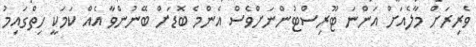
ވެރިރަށް މާލެއަށް އަންނަ ޓޫރިސްޓުންނަށްވެސް އެންމެ ބޮޑަށް ބޭނުންވާ އެއް ކަމަކީ ހިތްގައިމު